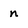
Character: n